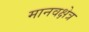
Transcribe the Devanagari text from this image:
मानवक्षेत्र